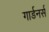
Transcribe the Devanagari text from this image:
गार्डनर्स